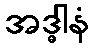
အဒ္ဓါနံ